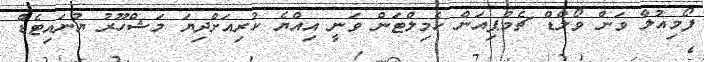
ފޯމިއުލާ ވަން ވޯލްޑް ޗެމްޕިއަން ހެމިލްޓަން ވަނީ އިއްޔެ ކުރިއަށްދިޔަ މަޝްހޫރު ޔުނައިޓެޑް